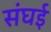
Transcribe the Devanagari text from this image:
संघई